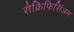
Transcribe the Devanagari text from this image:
सैक्रिफिसिंअम